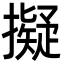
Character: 擬